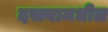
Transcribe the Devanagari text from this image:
दस्त्यामधील